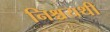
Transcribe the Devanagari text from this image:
निश्चयथी